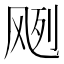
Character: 𱃘